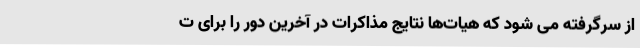
از سرگرفته می شود که هیات‌ها نتایج مذاکرات در آخرین دور را برای ت